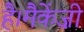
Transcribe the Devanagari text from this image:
है।मैकेंज़ी